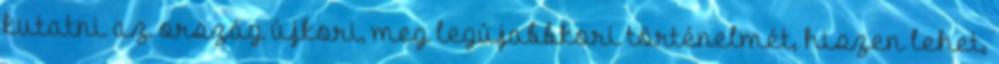
kutatni az ország újkori, meg legújabbkori történelmét, hiszen lehet,